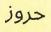
حروز